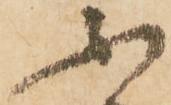
不